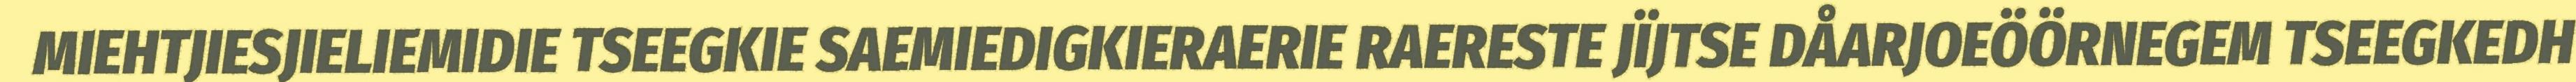
MIEHTJIESJIELIEMIDIE TSEEGKIE SAEMIEDIGKIERAERIE RAERESTE JÏJTSE DÅARJOEÖÖRNEGEM TSEEGKEDH